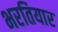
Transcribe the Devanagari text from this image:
भरतियार